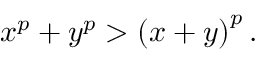
x ^ { p } + y ^ { p } > \left( x + y \right) ^ { p } .